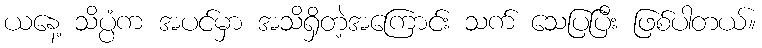
ယနေ့ သိပ္ပံက အပင်မှာ အသိရှိတဲ့အကြောင်း သက် သေပြပြီး ဖြစ်ပါတယ်။